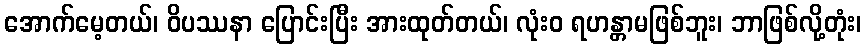
အောက်မေ့တယ်၊ ဝိပဿနာ ပြောင်းပြီး အားထုတ်တယ်၊ လုံးဝ ရဟန္တာမဖြစ်ဘူး၊ ဘာဖြစ်လို့တုံး၊